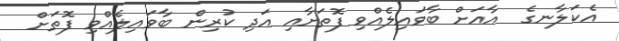
އެކަލާނގެ  އާއަށް ބާވައިލެއްވި ފޮތަށާއި އަދި ކުރިން ބާވައިލެއްވި ފޮތަށް